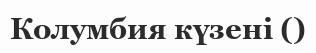
Колумбия күзені ()